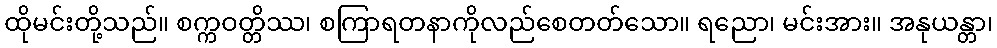
ထိုမင်းတို့သည်။ စက္ကဝတ္တိဿ၊ စကြာရတနာကိုလည်စေတတ်သော။ ရညော၊ မင်းအား။ အနုယန္တာ၊